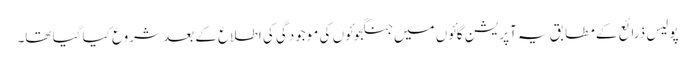
پولیس ذرائع کے مطابق یہ آپریشن گائوں میں جنگجوئوں کی موجودگی کی اطلاع کے بعد شروع کیا گیا تھا۔